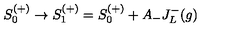
S _ { 0 } ^ { ( + ) } \rightarrow S _ { 1 } ^ { ( + ) } = S _ { 0 } ^ { ( + ) } + A _ { - } J _ { L } ^ { - } ( g )